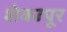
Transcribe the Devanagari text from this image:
शेकापूर